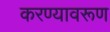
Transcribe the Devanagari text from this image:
करण्यावरूण